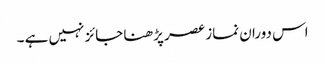
اس دوران نماز عصر پڑھنا جائز نہیں ہے ۔